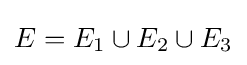
E=E_{1}\cup E_{2}\cup E_{3}